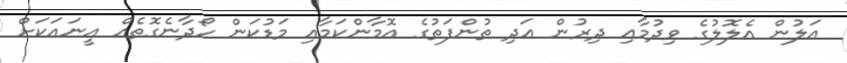
އަލުން އެލޮލުގެ ވިދުމާއި ދިރުން އަދި ތުންފަތުގެ އޮމާންކަމާއި މަޑުކަން ހޯދާނެގޮތެއް އީނައަކަށް